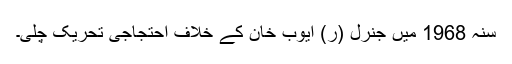
سنہ 1968 میں جنرل (ر) ایوب خان کے خلاف احتجاجی تحریک چلی۔